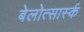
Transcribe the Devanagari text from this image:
बेलोत्सार्स्क